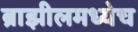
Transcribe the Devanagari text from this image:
ब्राझीलमध्येच